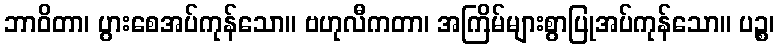
ဘာဝိတာ၊ ပွားစေအပ်ကုန်သော။ ဗဟုလီကတာ၊ အကြိမ်များစွာပြုအပ်ကုန်သော။ ပဉ္စ၊